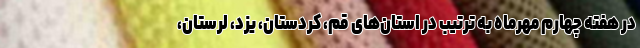
در هفته چهارم مهرماه به ترتیب در استان‌های قم، کردستان، یزد، لرستان،